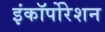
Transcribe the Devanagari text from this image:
इंकॉर्पोरेशन